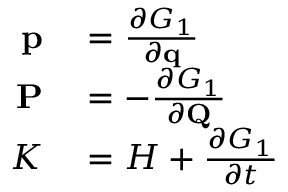
\begin{array} { r l } { \mathbf { p } } & { { } = { \frac { \partial G _ { 1 } } { \partial \mathbf { q } } } } \\ { \mathbf { P } } & { { } = - { \frac { \partial G _ { 1 } } { \partial \mathbf { Q } } } } \\ { K } & { { } = H + { \frac { \partial G _ { 1 } } { \partial t } } } \end{array}